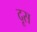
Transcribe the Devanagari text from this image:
दूस